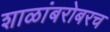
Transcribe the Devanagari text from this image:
शाळांबरोबरच